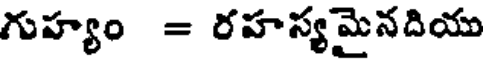
గుహ్యం = రహస్యమైనదియు